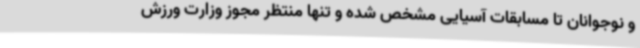
و نوجوانان تا مسابقات آسیایی مشخص شده و تنها منتظر مجوز وزارت ورزش